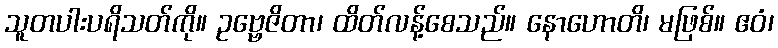
သူတပါးပရိသတ်ကို။ ဥဗ္ဗေဇိတာ၊ ထိတ်လန့်စေသည်။ နောဟောတိ၊ မဖြစ်။ ဧဝံ၊